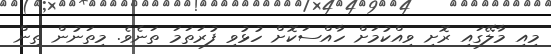
މިއި މާލޭގައި ރޮށި ވިއްކުމަށް ހާއްސަކޮށް ހުޅުވި ފުރަތަމަ ތަނެވެ. މިތަނުން ތިން